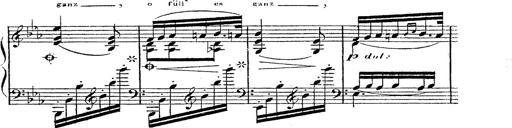
Title: 12 Lieder von Franz Schubert
Composer: Franz Liszt